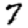
Digit: 7